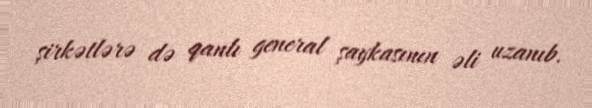
şirkətlərə də qanlı general şaykasının əli uzanıb.